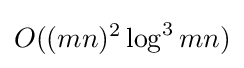
O((mn)^{2}\log ^{3}mn)